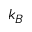
k _ { B }